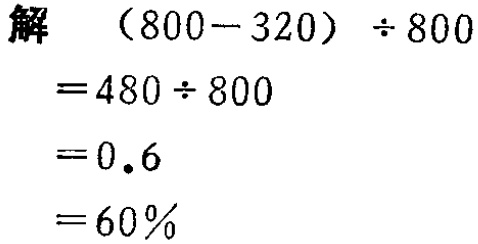
\begin{align*}

\text{解} \quad&(800 - 320)\div800\\

=&480\div800\\

=&0.6\\

=&60\%

\end{align*}